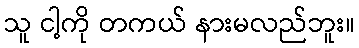
သူ ငါ့ကို တကယ် နားမလည်ဘူး။